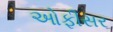
ઓફીસર